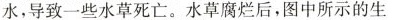
水，导致一些水草死亡。水草腐烂后，图中所示的生